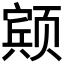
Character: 𱂸